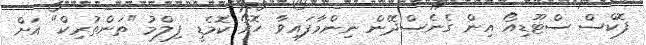
ފޮކްސް ސްޓޫޑިއޯ އިން ގެނެސްދޭން ނިންމާފައިވާ ހޮރޯ ކޮމެޑީ ފިލްމު "ތަންތުރިކް" އަށް